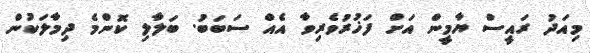
މިއަދު ރައީސް ޔާމީން އަށް ފަޚުރުވެރިވާ އެއް ސަބަބު. ބަލާލި ކޮންމެ ދިމާލަކުން